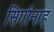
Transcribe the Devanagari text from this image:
सिर्गानाह